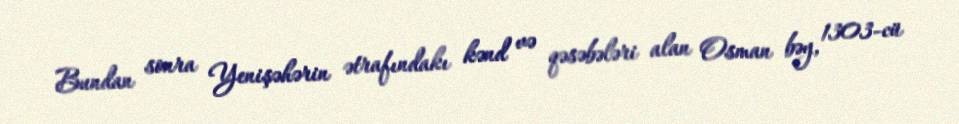
Bundan sonra Yenişəhərin ətrafındakı kənd və qəsəbələri alan Osman bəy, 1303-cü